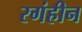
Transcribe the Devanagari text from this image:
रगंहीन